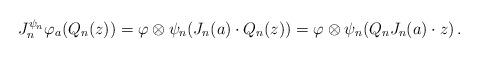
LaTeX: \begin{align*}J^{\psi_n}_n \varphi_a (Q_n(z)) = \varphi \otimes \psi_n (J_n(a) \cdot Q_n(z))= \varphi \otimes \psi_n (Q_n J_n(a) \cdot z)\,.\end{align*}